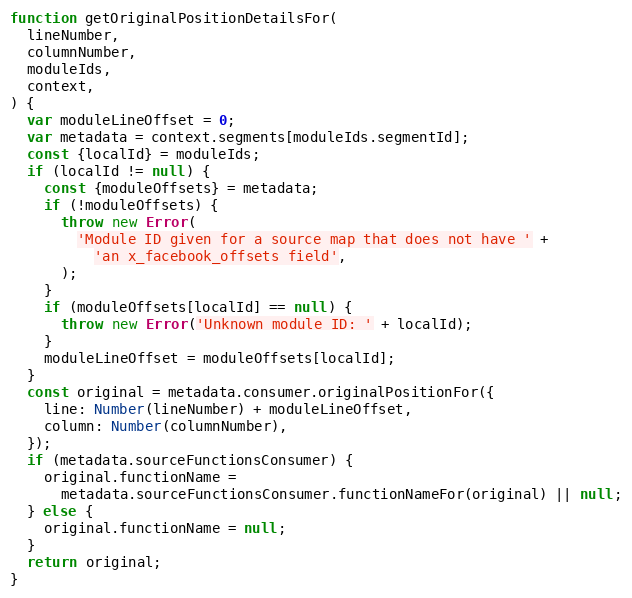
Language: JavaScript
function getOriginalPositionDetailsFor(
  lineNumber,
  columnNumber,
  moduleIds,
  context,
) {
  var moduleLineOffset = 0;
  var metadata = context.segments[moduleIds.segmentId];
  const {localId} = moduleIds;
  if (localId != null) {
    const {moduleOffsets} = metadata;
    if (!moduleOffsets) {
      throw new Error(
        'Module ID given for a source map that does not have ' +
          'an x_facebook_offsets field',
      );
    }
    if (moduleOffsets[localId] == null) {
      throw new Error('Unknown module ID: ' + localId);
    }
    moduleLineOffset = moduleOffsets[localId];
  }
  const original = metadata.consumer.originalPositionFor({
    line: Number(lineNumber) + moduleLineOffset,
    column: Number(columnNumber),
  });
  if (metadata.sourceFunctionsConsumer) {
    original.functionName =
      metadata.sourceFunctionsConsumer.functionNameFor(original) || null;
  } else {
    original.functionName = null;
  }
  return original;
}